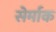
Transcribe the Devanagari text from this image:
सेर्माक